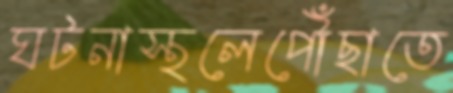
ঘটনাস্থলেপৌঁছাতে